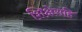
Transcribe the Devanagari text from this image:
शिक्षेसहि